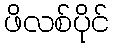
ဖိလစ်ပိုင်